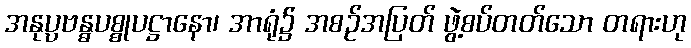
အနုပ္ပဗန္ဓပစ္စုပဋ္ဌာနော၊ အာရုံ၌ အစဉ်အပြတ် ဖွဲ့စပ်တတ်သော တရားဟု